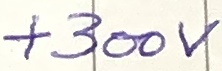
Text: +300V